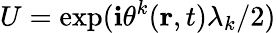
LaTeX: U=\exp(\mathbf{i}\theta^{k}({\mathbf{{r}}},t)\lambda_{k}/2)